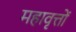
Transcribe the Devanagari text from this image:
महावृत्तों